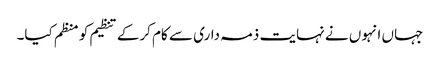
جہاں انہوں نے نہایت ذمہ داری سے کام کرکے تنظیم کو منظم کیا۔